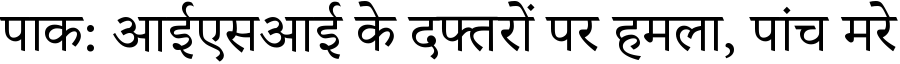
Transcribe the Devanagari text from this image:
पाक: आईएसआई के दफ्तरों पर हमला, पांच मरे